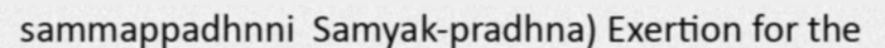
sammappadhnni  Samyak-pradhna) Exertion for the